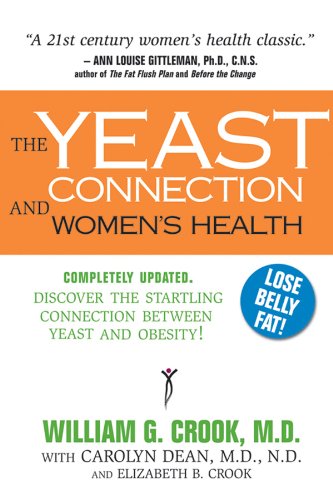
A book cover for The Yeast Connection and Women's Health (The Yeast Connection Series); William G. Crook; Health, Fitness & Dieting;